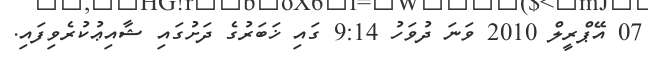
07 އޭޕްރީލް 2010 ވަނަ ދުވަހު 9:14 ގައި ޚަބަރުގެ ދަށުގައި ޝާއިޢުކުރެވިފައި.